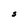
Character: S